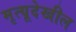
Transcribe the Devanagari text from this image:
मृत्यूदेखील